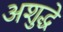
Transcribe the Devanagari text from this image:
अशुद्धे